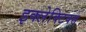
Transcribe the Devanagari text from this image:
इक्लेक्टिक्स